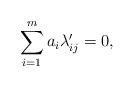
LaTeX: \begin{align*}\sum\limits_{i=1}^m a_i \lambda^{\prime}_{ij} = 0,\end{align*}